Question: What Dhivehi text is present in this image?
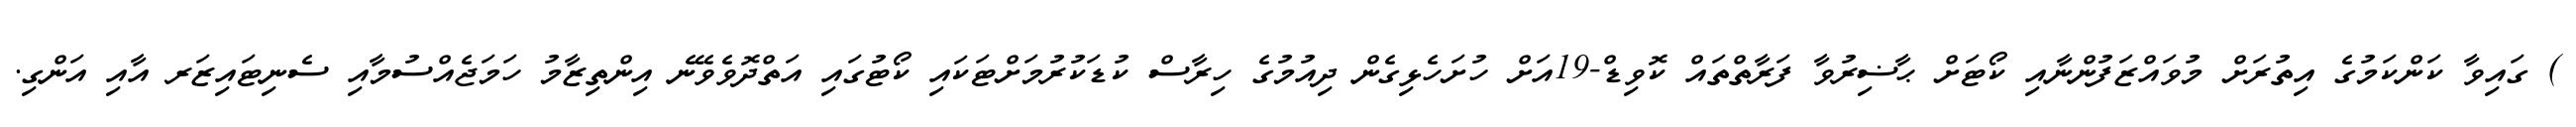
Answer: ) ގައިވާ ކަންކަމުގެ އިތުރަށް މުވައްޒަފުންނާއި ކޯޓަށް ޙާޟިރުވާ ފަރާތްތައް ކޮވިޑް-19އަށް ހުށަހެޅިގެން ދިއުމުގެ ހިރާސް ކުޑަކުރުމަށްޓަކައި ކޯޓުގައި އަތްދޮވެވޭނެ އިންތިޒާމު ހަމަޖެއްސުމާއި ސެނިޓައިޒަރ އާއި އަންގި.